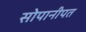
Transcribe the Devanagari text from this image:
सोपानीपत